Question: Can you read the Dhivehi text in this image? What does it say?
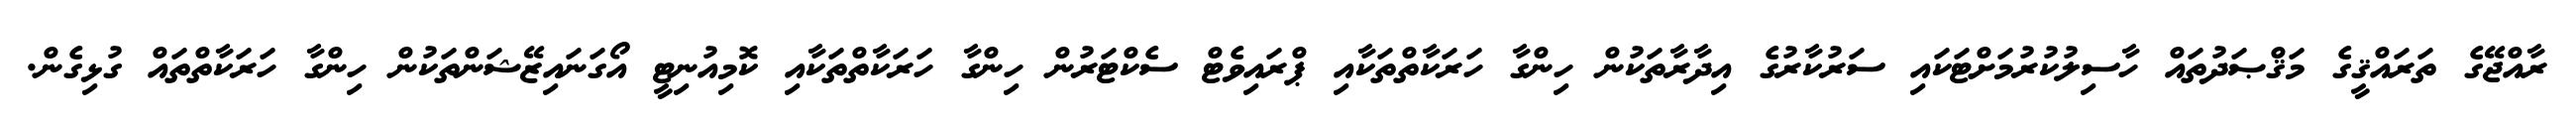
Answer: ރާއްޖޭގެ ތަރައްޤީގެ މަޤްޞަދުތައް ހާސިލުކުރުމަށްޓަކައި ސަރުކާރުގެ އިދާރާތަކުން ހިންގާ ހަރަކާތްތަކާއި ޕްރައިވެޓް ސެކްޓަރުން ހިންގާ ހަރަކާތްތަކާއި ކޮމިއުނިޓީ އޯގަނައިޒޭޝަންތަކުން ހިންގާ ހަރަކާތްތައް ގުޅިގެން.